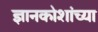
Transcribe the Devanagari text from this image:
ज्ञानकोशांच्या